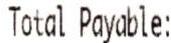
TOTAL PAYABLE: